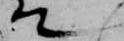
て